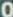
0